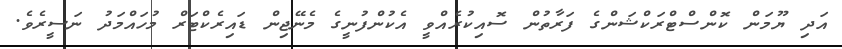
އަދި ޔޫމަން ކޮންސްޓްރަކްޝަންގެ ފަރާތުން ސޮއިކުރެއްވީ އެކުންފުނީގެ މެނޭޖިން ޑައިރެކްޓަރް މުހައްމަދު ނަސީރެވެ.